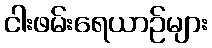
ငါးဖမ်းရေယာဉ်များ